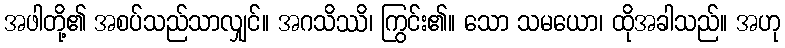
အဖါတို့၏ အစပ်သည်သာလျှင်။ အဂသိဿိ၊ ကြွင်း၏။ သော သမယော၊ ထိုအခါသည်။ အဟု